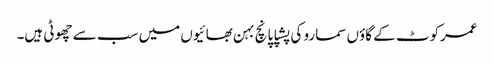
عمرکوٹ کے گاؤں سمارو کی پشپا پانچ بہن بھائیوں میں سب سے چھوٹی ہیں۔